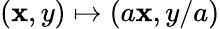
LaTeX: (\mathbf{x},y)\mapsto(a\mathbf{x},y/a)